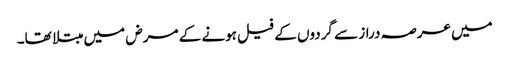
میں عرصہ دراز سے گردوں کے فیل ہونے کے مرض میں مبتلا تھا۔